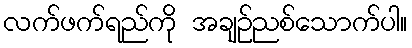
လက်ဖက်ရည်ကို အချဉ်ညစ်သောက်ပါ။